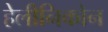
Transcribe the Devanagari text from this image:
हेलीनिकोन